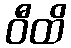
ဝီထိ